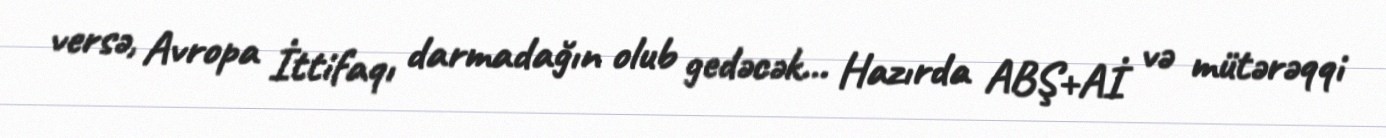
versə, Avropa İttifaqı darmadağın olub gedəcək... Hazırda ABŞ+Aİ və mütərəqqi